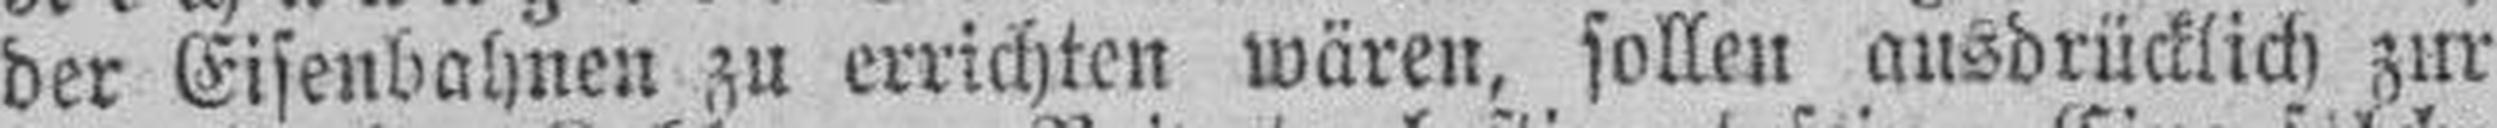
der Eisenbahnen zu errichten wären, sollen ausdrücklich zur